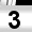
Digit: 3